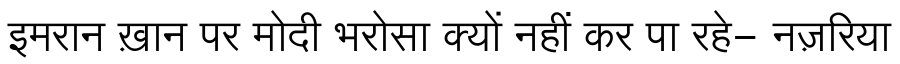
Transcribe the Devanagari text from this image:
इमरान ख़ान पर मोदी भरोसा क्यों नहीं कर पा रहे- नज़रिया